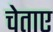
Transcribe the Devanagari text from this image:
चेताए